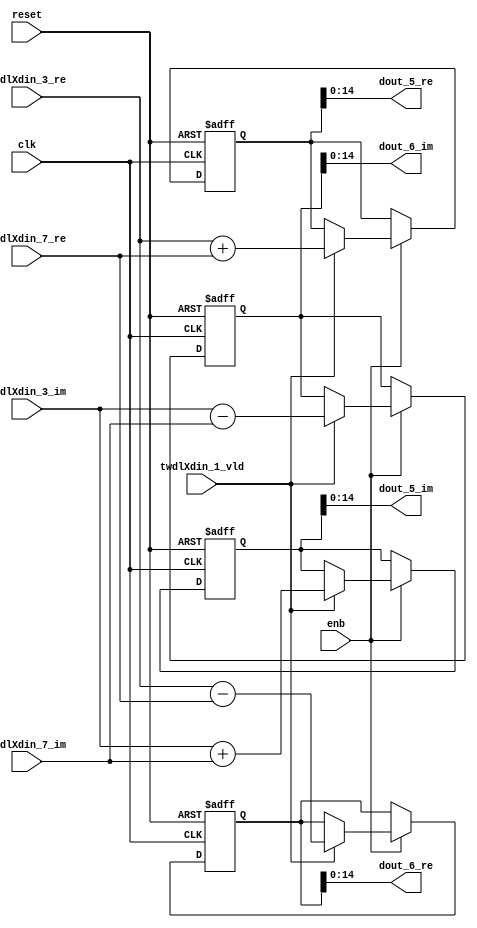
// -------------------------------------------------------------
// 
// 
// Generated by MATLAB 9.14 and HDL Coder 4.1
// 
// -------------------------------------------------------------


// -------------------------------------------------------------
// 
// Module: RADIX22FFT_SDNF1_3_block1
// Source Path: RSP/RSP/Velocity Processor/Doppler Processing/Doppler Processor/FFT/RADIX22FFT_SDNF1_3
// Hierarchy Level: 5
// 
// -------------------------------------------------------------

`timescale 1 ns / 1 ns

module RADIX22FFT_SDNF1_3_block1
          (clk,
           reset,
           enb,
           twdlXdin_3_re,
           twdlXdin_3_im,
           twdlXdin_7_re,
           twdlXdin_7_im,
           twdlXdin_1_vld,
           dout_5_re,
           dout_5_im,
           dout_6_re,
           dout_6_im);


  input   clk;
  input   reset;
  input   enb;
  input   signed [14:0] twdlXdin_3_re;  // sfix15_En10
  input   signed [14:0] twdlXdin_3_im;  // sfix15_En10
  input   signed [14:0] twdlXdin_7_re;  // sfix15_En10
  input   signed [14:0] twdlXdin_7_im;  // sfix15_En10
  input   twdlXdin_1_vld;
  output  signed [14:0] dout_5_re;  // sfix15_En10
  output  signed [14:0] dout_5_im;  // sfix15_En10
  output  signed [14:0] dout_6_re;  // sfix15_En10
  output  signed [14:0] dout_6_im;  // sfix15_En10


  reg signed [15:0] Radix22ButterflyG1_NF_btf1_re_reg;  // sfix16
  reg signed [15:0] Radix22ButterflyG1_NF_btf1_im_reg;  // sfix16
  reg signed [15:0] Radix22ButterflyG1_NF_btf2_re_reg;  // sfix16
  reg signed [15:0] Radix22ButterflyG1_NF_btf2_im_reg;  // sfix16
  reg  Radix22ButterflyG1_NF_dinXtwdl_vld_dly1;
  reg signed [15:0] Radix22ButterflyG1_NF_btf1_re_reg_next;  // sfix16_En10
  reg signed [15:0] Radix22ButterflyG1_NF_btf1_im_reg_next;  // sfix16_En10
  reg signed [15:0] Radix22ButterflyG1_NF_btf2_re_reg_next;  // sfix16_En10
  reg signed [15:0] Radix22ButterflyG1_NF_btf2_im_reg_next;  // sfix16_En10
  reg  Radix22ButterflyG1_NF_dinXtwdl_vld_dly1_next;
  reg signed [14:0] dout_5_re_1;  // sfix15_En10
  reg signed [14:0] dout_5_im_1;  // sfix15_En10
  reg signed [14:0] dout_6_re_1;  // sfix15_En10
  reg signed [14:0] dout_6_im_1;  // sfix15_En10
  reg  dout_5_vld;
  reg signed [15:0] Radix22ButterflyG1_NF_add_cast;  // sfix16_En10
  reg signed [15:0] Radix22ButterflyG1_NF_add_cast_0;  // sfix16_En10
  reg signed [15:0] Radix22ButterflyG1_NF_sub_cast;  // sfix16_En10
  reg signed [15:0] Radix22ButterflyG1_NF_sub_cast_0;  // sfix16_En10
  reg signed [15:0] Radix22ButterflyG1_NF_add_cast_1;  // sfix16_En10
  reg signed [15:0] Radix22ButterflyG1_NF_add_cast_2;  // sfix16_En10
  reg signed [15:0] Radix22ButterflyG1_NF_sub_cast_1;  // sfix16_En10
  reg signed [15:0] Radix22ButterflyG1_NF_sub_cast_2;  // sfix16_En10


  // Radix22ButterflyG1_NF
  always @(posedge clk or posedge reset)
    begin : Radix22ButterflyG1_NF_process
      if (reset == 1'b1) begin
        Radix22ButterflyG1_NF_btf1_re_reg <= 16'sb0000000000000000;
        Radix22ButterflyG1_NF_btf1_im_reg <= 16'sb0000000000000000;
        Radix22ButterflyG1_NF_btf2_re_reg <= 16'sb0000000000000000;
        Radix22ButterflyG1_NF_btf2_im_reg <= 16'sb0000000000000000;
        Radix22ButterflyG1_NF_dinXtwdl_vld_dly1 <= 1'b0;
      end
      else begin
        if (enb) begin
          Radix22ButterflyG1_NF_btf1_re_reg <= Radix22ButterflyG1_NF_btf1_re_reg_next;
          Radix22ButterflyG1_NF_btf1_im_reg <= Radix22ButterflyG1_NF_btf1_im_reg_next;
          Radix22ButterflyG1_NF_btf2_re_reg <= Radix22ButterflyG1_NF_btf2_re_reg_next;
          Radix22ButterflyG1_NF_btf2_im_reg <= Radix22ButterflyG1_NF_btf2_im_reg_next;
          Radix22ButterflyG1_NF_dinXtwdl_vld_dly1 <= Radix22ButterflyG1_NF_dinXtwdl_vld_dly1_next;
        end
      end
    end

  always @(Radix22ButterflyG1_NF_btf1_im_reg, Radix22ButterflyG1_NF_btf1_re_reg,
       Radix22ButterflyG1_NF_btf2_im_reg, Radix22ButterflyG1_NF_btf2_re_reg,
       Radix22ButterflyG1_NF_dinXtwdl_vld_dly1, twdlXdin_1_vld, twdlXdin_3_im,
       twdlXdin_3_re, twdlXdin_7_im, twdlXdin_7_re) begin
    Radix22ButterflyG1_NF_add_cast = 16'sb0000000000000000;
    Radix22ButterflyG1_NF_add_cast_0 = 16'sb0000000000000000;
    Radix22ButterflyG1_NF_sub_cast = 16'sb0000000000000000;
    Radix22ButterflyG1_NF_sub_cast_0 = 16'sb0000000000000000;
    Radix22ButterflyG1_NF_add_cast_1 = 16'sb0000000000000000;
    Radix22ButterflyG1_NF_add_cast_2 = 16'sb0000000000000000;
    Radix22ButterflyG1_NF_sub_cast_1 = 16'sb0000000000000000;
    Radix22ButterflyG1_NF_sub_cast_2 = 16'sb0000000000000000;
    Radix22ButterflyG1_NF_btf1_re_reg_next = Radix22ButterflyG1_NF_btf1_re_reg;
    Radix22ButterflyG1_NF_btf1_im_reg_next = Radix22ButterflyG1_NF_btf1_im_reg;
    Radix22ButterflyG1_NF_btf2_re_reg_next = Radix22ButterflyG1_NF_btf2_re_reg;
    Radix22ButterflyG1_NF_btf2_im_reg_next = Radix22ButterflyG1_NF_btf2_im_reg;
    Radix22ButterflyG1_NF_dinXtwdl_vld_dly1_next = twdlXdin_1_vld;
    if (twdlXdin_1_vld) begin
      Radix22ButterflyG1_NF_add_cast = {twdlXdin_3_re[14], twdlXdin_3_re};
      Radix22ButterflyG1_NF_add_cast_0 = {twdlXdin_7_re[14], twdlXdin_7_re};
      Radix22ButterflyG1_NF_btf1_re_reg_next = Radix22ButterflyG1_NF_add_cast + Radix22ButterflyG1_NF_add_cast_0;
      Radix22ButterflyG1_NF_sub_cast = {twdlXdin_3_re[14], twdlXdin_3_re};
      Radix22ButterflyG1_NF_sub_cast_0 = {twdlXdin_7_re[14], twdlXdin_7_re};
      Radix22ButterflyG1_NF_btf2_re_reg_next = Radix22ButterflyG1_NF_sub_cast - Radix22ButterflyG1_NF_sub_cast_0;
      Radix22ButterflyG1_NF_add_cast_1 = {twdlXdin_3_im[14], twdlXdin_3_im};
      Radix22ButterflyG1_NF_add_cast_2 = {twdlXdin_7_im[14], twdlXdin_7_im};
      Radix22ButterflyG1_NF_btf1_im_reg_next = Radix22ButterflyG1_NF_add_cast_1 + Radix22ButterflyG1_NF_add_cast_2;
      Radix22ButterflyG1_NF_sub_cast_1 = {twdlXdin_3_im[14], twdlXdin_3_im};
      Radix22ButterflyG1_NF_sub_cast_2 = {twdlXdin_7_im[14], twdlXdin_7_im};
      Radix22ButterflyG1_NF_btf2_im_reg_next = Radix22ButterflyG1_NF_sub_cast_1 - Radix22ButterflyG1_NF_sub_cast_2;
    end
    dout_5_re_1 = Radix22ButterflyG1_NF_btf1_re_reg[14:0];
    dout_5_im_1 = Radix22ButterflyG1_NF_btf1_im_reg[14:0];
    dout_6_re_1 = Radix22ButterflyG1_NF_btf2_re_reg[14:0];
    dout_6_im_1 = Radix22ButterflyG1_NF_btf2_im_reg[14:0];
    dout_5_vld = Radix22ButterflyG1_NF_dinXtwdl_vld_dly1;
  end



  assign dout_5_re = dout_5_re_1;

  assign dout_5_im = dout_5_im_1;

  assign dout_6_re = dout_6_re_1;

  assign dout_6_im = dout_6_im_1;

endmodule  // RADIX22FFT_SDNF1_3_block1